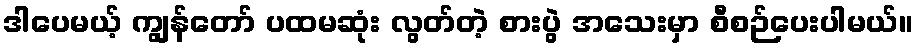
ဒါပေမယ့် ကျွန်တော် ပထမဆုံး လွတ်တဲ့ စားပွဲ အသေးမှာ စီစဉ်ပေးပါမယ်။